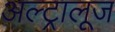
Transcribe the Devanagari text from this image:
अल्ट्रालूज